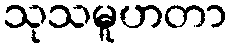
သုသမူဟတာ